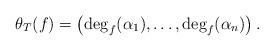
LaTeX: \begin{align*}\theta_T(f) = \left( \deg_f(\alpha_1), \dots, \deg_f(\alpha_n) \right).\end{align*}